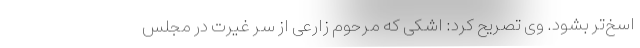
اسخ‌تر بشود. وی تصریح کرد: اشکی که مرحوم زارعی از سر غیرت در مجلس